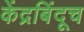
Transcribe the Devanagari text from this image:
केंद्रबिंदूच